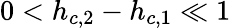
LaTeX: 0<h_{c,2}-h_{c,1}\ll 1